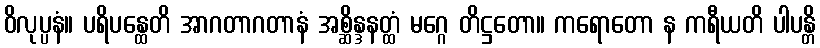
ဝိလုပ္ပနံ။ ပရိပန္ထေတိ အာဂတာဂတာနံ အစ္ဆိန္ဒနတ္ထံ မဂ္ဂေ တိဋ္ဌတော။ ကရောတော န ကရီယတိ ပါပန္တိ